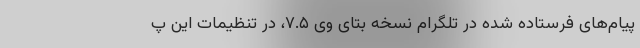
پیام‌های فرستاده شده در تلگرام نسخه بتای وی ۷.۵، در تنظیمات این پ